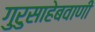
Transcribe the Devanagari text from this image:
गुरुसाहेबवाणी